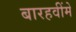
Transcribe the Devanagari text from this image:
बारहवींमें